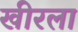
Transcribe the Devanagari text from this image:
खीरला